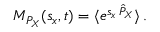
M _ { P _ { X } } ( s _ { x } , t ) = \langle e ^ { s _ { x } \, \hat { P } _ { X } } \rangle \, .